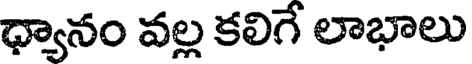
ధ్యానం వల్ల కలిగే లాభాలు